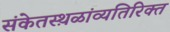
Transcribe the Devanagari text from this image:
संकेतस्थ़ळांव्यतिरिक्त